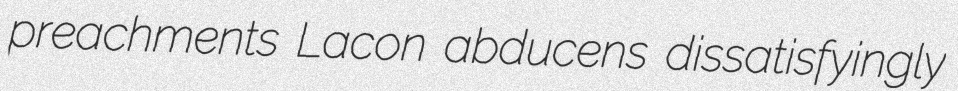
preachments Lacon abducens dissatisfyingly